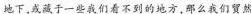
地下，或藏于一些我们看不到的地方，那么我们贸然